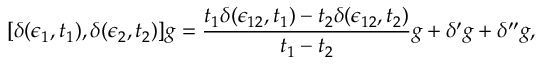
[ \delta ( \epsilon _ { 1 } , t _ { 1 } ) , \delta ( \epsilon _ { 2 } , t _ { 2 } ) ] g = { \frac { t _ { 1 } \delta ( \epsilon _ { 1 2 } , t _ { 1 } ) - t _ { 2 } \delta ( \epsilon _ { 1 2 } , t _ { 2 } ) } { t _ { 1 } - t _ { 2 } } } g + \delta ^ { \prime } g + \delta ^ { \prime \prime } g ,